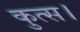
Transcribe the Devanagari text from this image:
कुत्स।